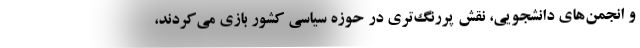
و انجمن‌های دانشجویی، نقش پررنگ‌تری در حوزه سیاسی کشور بازی می‌کردند،